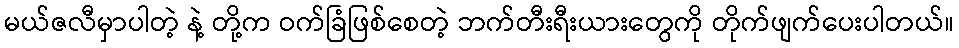
မယ်ဇလီမှာပါတဲ့ နဲ့ တို့က ဝက်ခြံဖြစ်စေတဲ့ ဘက်တီးရီးယားတွေကို တိုက်ဖျက်ပေးပါတယ်။